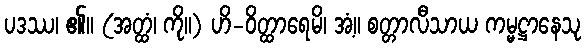
ပဒဿ၊ ၏။ (အတ္ထံ၊ ကို။) ဟိ-ဝိတ္ထာရေမိ၊ အံ့။ စတ္တာလီသာယ ကမ္မဋ္ဌာနေသု